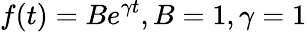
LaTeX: f(t)=Be^{\gamma t},B=1,\gamma=1